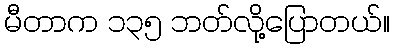
မီတာက ၁၃၅ ဘတ်လို့ပြောတယ်။